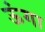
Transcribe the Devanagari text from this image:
ऊंगा